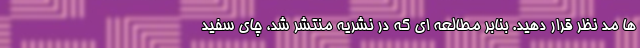
ها مد نظر قرار دهید. بنابر مطالعه ای که در نشریه منتشر شد، چای سفید